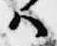
ハ